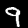
Label: 9